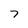
Character: 7